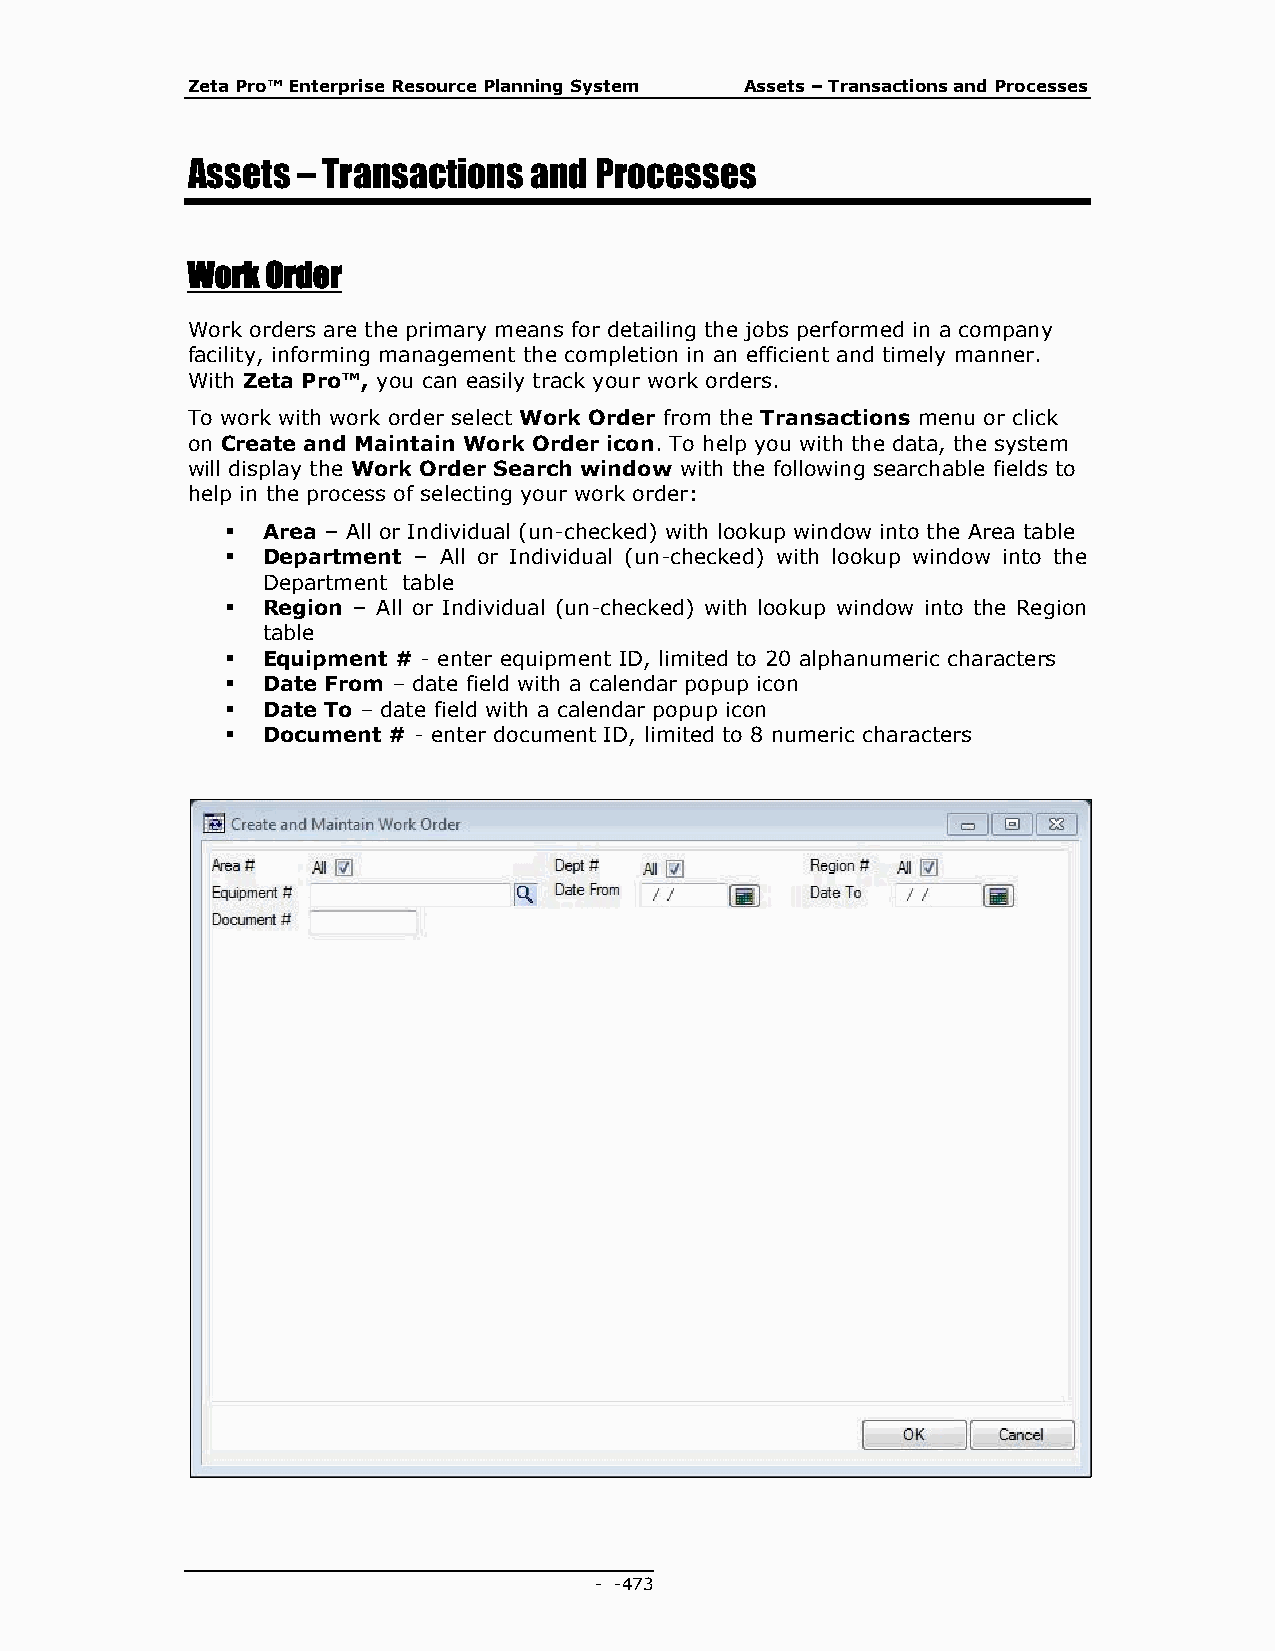
Zeta Pro™ Enterprise Resource Planning System Assets – Transactions and Processes
 Assets  – Transactions and Processes
 Work  Order
 Work orders are the primary means for detailing the jobs performed in a company
 facility, informing management the completion in an efficient and timely manner.
 With Zeta Pro™, you can easily track your work orders.
 To work with work order select Work Order from the Transactions menu or click
 on Create and Maintain Work Order icon. To help you with the data, the system
 will display the Work Order Search window with the following searchable fields to
 help in the process of selecting your work order:
  Area – All or Individual (un-checked) with lookup window into the Area table
  Department – All or Individual (un-checked) with lookup window into the
 Department table
  Region – All or Individual (un-checked) with lookup window into the Region
 table
  Equipment # - enter equipment ID, limited to 20 alphanumeric characters
  Date From – date field with a calendar popup icon
  Date To – date field with a calendar popup icon
  Document # - enter document ID, limited to 8 numeric characters
 - - 473